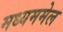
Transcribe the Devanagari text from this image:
मध्यममेल